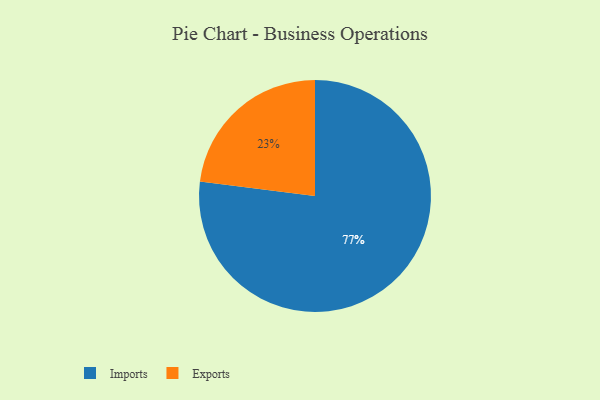
{"axis": {"x": "Category", "y": "Percentage"}, "legend": ["Exports", "Imports"], "data": [{"x": "Imports", "y": 77, "type": "Imports"}, {"x": "Exports", "y": 23, "type": "Exports"}]}